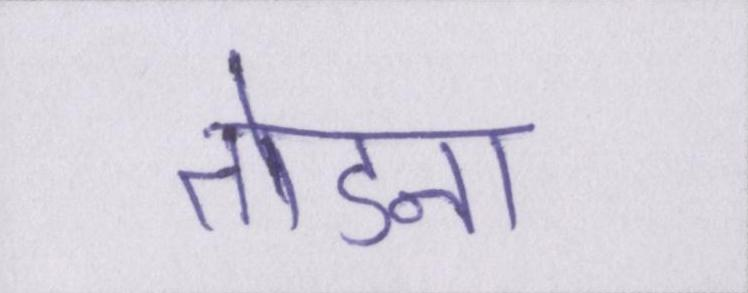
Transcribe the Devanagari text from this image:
तोडना